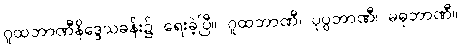
ဂူထဘာဏီနိဒ္ဒေသခန်း၌ ရေးခဲ့ပြီ။ ဂူထဘာဏီ၊ ပုပ္ပဘာဏီ၊ မဓုဘာဏီ။